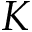
K